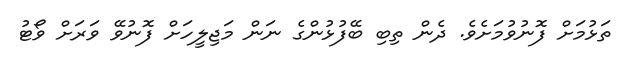
ތަޅުމަށް ފޮނުވުމަށެވެ. ދެން ތިބި ބޭފުޅުންގެ ނަން މަޖިލީހަށް ފޮނުވޭ ވަރަށް ވޯޓު